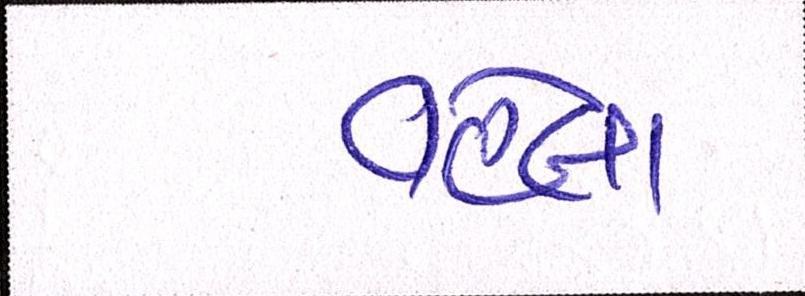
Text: વહેલા